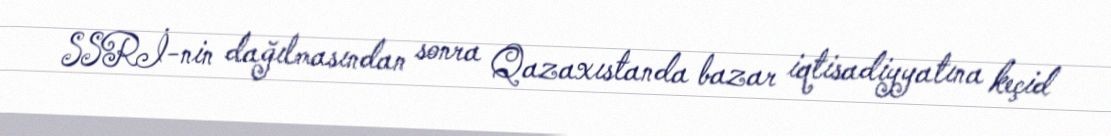
SSRİ-nin dağılmasından sonra Qazaxıstanda bazar iqtisadiyyatına keçid